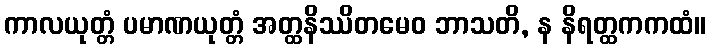
ကာလယုတ္တံ ပမာဏယုတ္တံ အတ္ထနိဿိတမေဝ ဘာသတိ, န နိရတ္ထကကထံ။